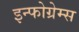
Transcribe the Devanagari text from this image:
इन्फोग्रेम्स